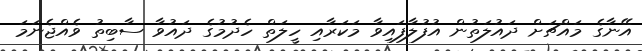
އޭނާގެ މައްޗަށް ދައުލަތުން އުފުލާފައިވާ މަކަރާއި ހީލަތް ހެދުމުގެ ދައުވާ ސާބިތު ވެއްޖެނަމަ